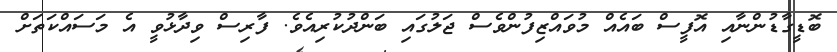
ބޮޑީގާޑުންނާއި އޮފީސް ބައެއް މުވައްޒިފުންވެސް ޖަލުގައި ބަންދުކުރިއެވެ. ފާރިސް ވިދާޅުވީ އެ މަސައްކަތަށް